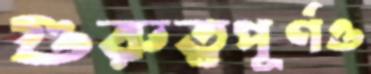
গুরুত্বপূর্ণও